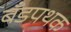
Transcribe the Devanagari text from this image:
बँडपथक